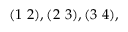
( 1 ~ 2 ) , ( 2 ~ 3 ) , ( 3 ~ 4 ) ,